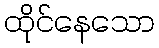
ထိုင်နေသော